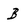
Character: B